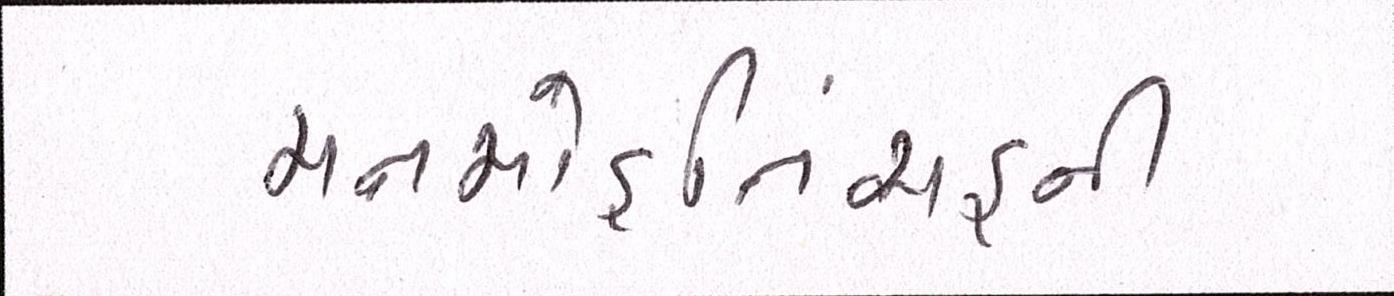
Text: મનમોહનિંસહની